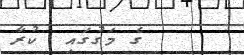
ގެ މަގުގައި  ކުރާ